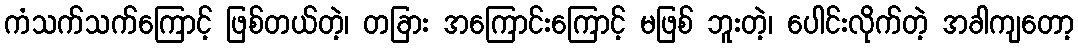
ကံသက်သက်ကြောင့် ဖြစ်တယ်တဲ့၊ တခြား အကြောင်းကြောင့် မဖြစ် ဘူးတဲ့၊ ပေါင်းလိုက်တဲ့ အခါကျတော့